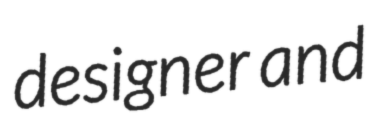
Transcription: designer and